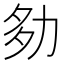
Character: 𡖎